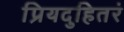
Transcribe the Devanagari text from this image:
प्रियदुहितरं